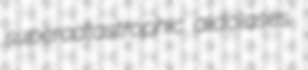
supercatastrophic aldolases